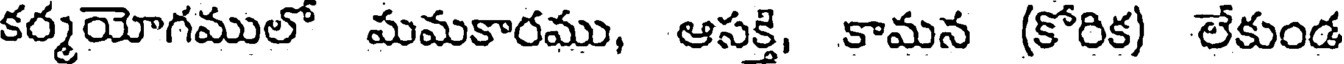
కర్మయోగములో మమకారము, ఆసక్తి, కామన (కోరిక) లేకుండ